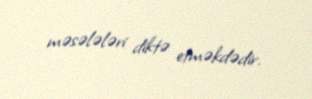
məsələləri diktə etməkdədir.